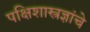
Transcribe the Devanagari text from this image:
पक्षिशास्त्रज्ञांचे